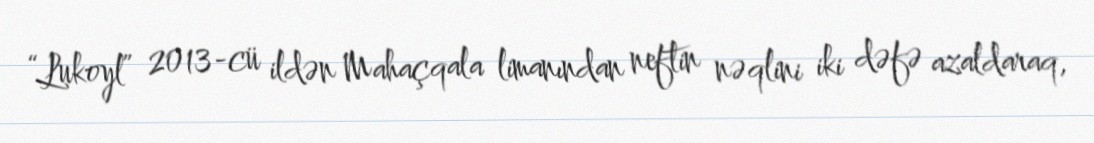
“Lukoyl” 2013-cü ildən Mahaçqala limanından neftin nəqlini iki dəfə azaldaraq,